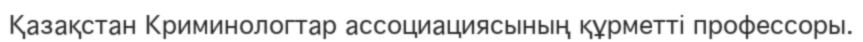
Қазақстан Криминологтар ассоциациясының құрметті профессоры.